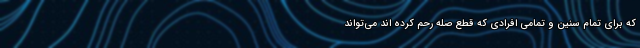
که برای تمام سنین و تمامی افرادی که قطع صله رحم کرده اند می‌تواند